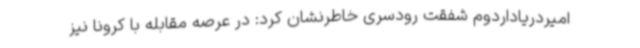
امیردریاداردوم شفقت رودسری خاطرنشان کرد: در عرصه مقابله با کرونا نیز